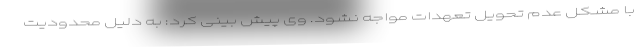
با مشکل عدم تحویل تعهدات مواجه نشود. وی پیش بینی کرد: به دلیل محدودیت